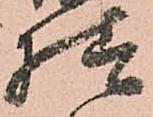
様